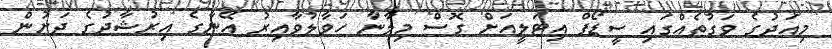
މިއަދުގެ ވަގުތެއްގައި ސީޑޯފް އިޓަލީއަށް ގޮސް މިލާނާ ހަވާލުވާއިރު އޭނާގެ އިރުޝާދުގެ ދަށުން